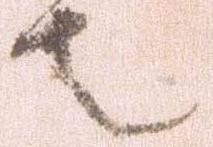
者